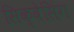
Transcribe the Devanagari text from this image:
सिक्वेसिंग